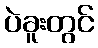
ပဲခူးတွင်